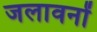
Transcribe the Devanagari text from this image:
जलावनों